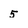
Character: 5